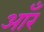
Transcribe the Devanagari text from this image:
आँर